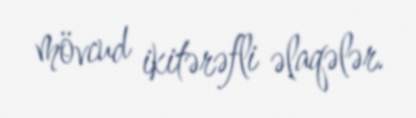
mövcud ikitərəfli əlaqələr.